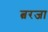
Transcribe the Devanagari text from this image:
त्वरजा